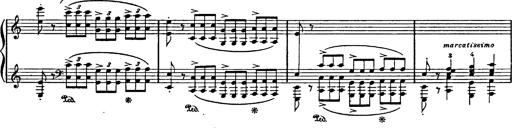
Title: Feierlicher Marsch zum heiligen Gral aus Parsifal
Composer: Franz Liszt